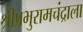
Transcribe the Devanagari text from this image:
श्रीप्रभुरामचंद्राला